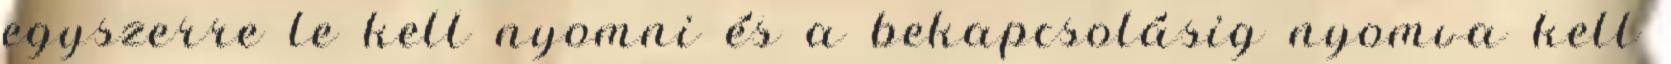
egyszerre le kell nyomni és a bekapcsolásig nyomva kell